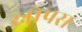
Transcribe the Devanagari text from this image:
स्नोपस